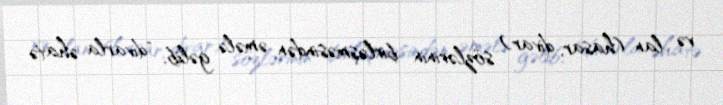
və lan (hasar, divar) sözlərinin birləşməsindən əmələ gəlib, "divarla əhatə